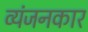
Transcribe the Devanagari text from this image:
व्यंजनकार